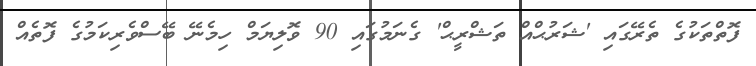
ފޮތްތަކުގެ ތެރޭގައި 'ޝަރުޙްއް ތަޝްރީޙް' ގެނަމުގައި 90 ވޮލިޔަމް ހިމެނޭ ބޭސްވެރިކަމުގެ ފޮތެއް